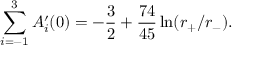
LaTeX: \sum _ { i = - 1 } ^ { 3 } A _ { i } ^ { \prime } ( 0 ) = - { \frac { 3 } { 2 } } + { \frac { 7 4 } { 4 5 } } \ln ( r _ { + } / r _ { - } ) .